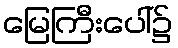
မြေကြီးပေါ်၌